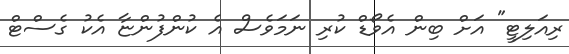
ރިއަލިޓީ" އަށް ބިން އެވޯޑް ކުރި ނަމަވެސް އެ ކުންފުންޏާ އެކު ގެސްޓް